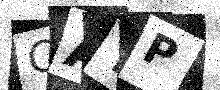
Text: CAYP